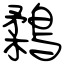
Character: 鶔